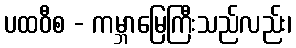
ပထဝီစ - ကမ္ဘာမြေကြီးသည်လည်း၊